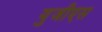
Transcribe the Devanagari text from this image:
युजीएस